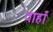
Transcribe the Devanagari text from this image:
वाहाँ